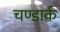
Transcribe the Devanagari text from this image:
चण्डार्क